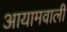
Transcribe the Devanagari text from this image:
आयामवाली